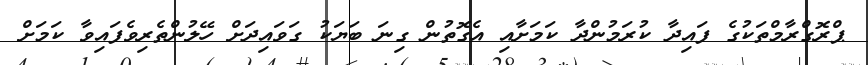
ޕްރޮގްރާމްތަކުގެ ފައިދާ ކުރަމުންދާ ކަމަށާއި އެގޮތުން ގިނަ ބަޔަކު ގަވައިދަށް ހޭލުންތެރިވެފައިވާ ކަމަށް